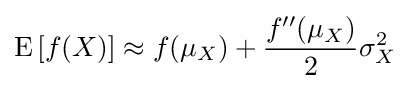
\operatorname {E} \left[f(X)\right]\approx f(\mu _{X})+{\frac {f''(\mu _{X})}{2}}\sigma _{X}^{2}